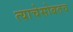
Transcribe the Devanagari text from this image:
त्याचेसोबतच